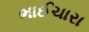
ભાઈચારા